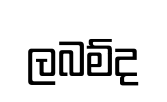
ලබම්ද